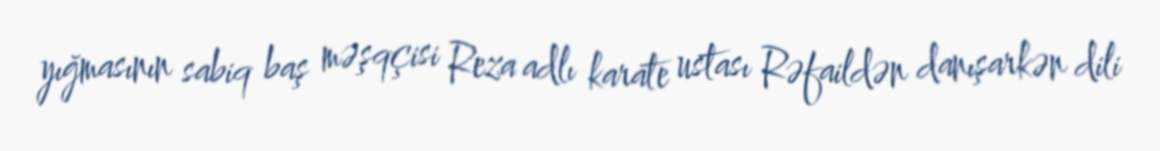
yığmasının sabiq baş məşqçisi Reza adlı karate ustası Rəfaildən danışarkən dili